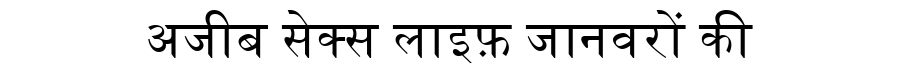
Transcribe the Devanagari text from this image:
अजीब सेक्स लाइफ़ जानवरों की